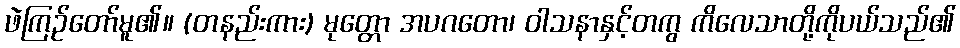
ဖဲကြဉ်တော်မူ၏။ (တနည်းကား) မုတ္တော အပဂတော၊ ဝါသနာနှင့်တကွ ကိလေသာတို့ကိုပယ်သည်၏